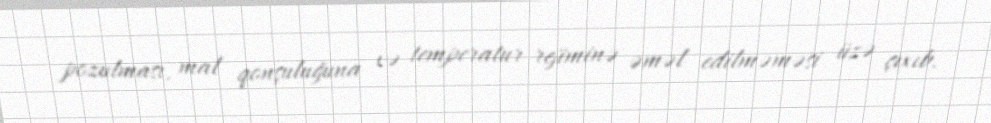
pozulması, mal qonşuluğuna və temperatur rejiminə əməl edilməməsi üzə çıxıb.